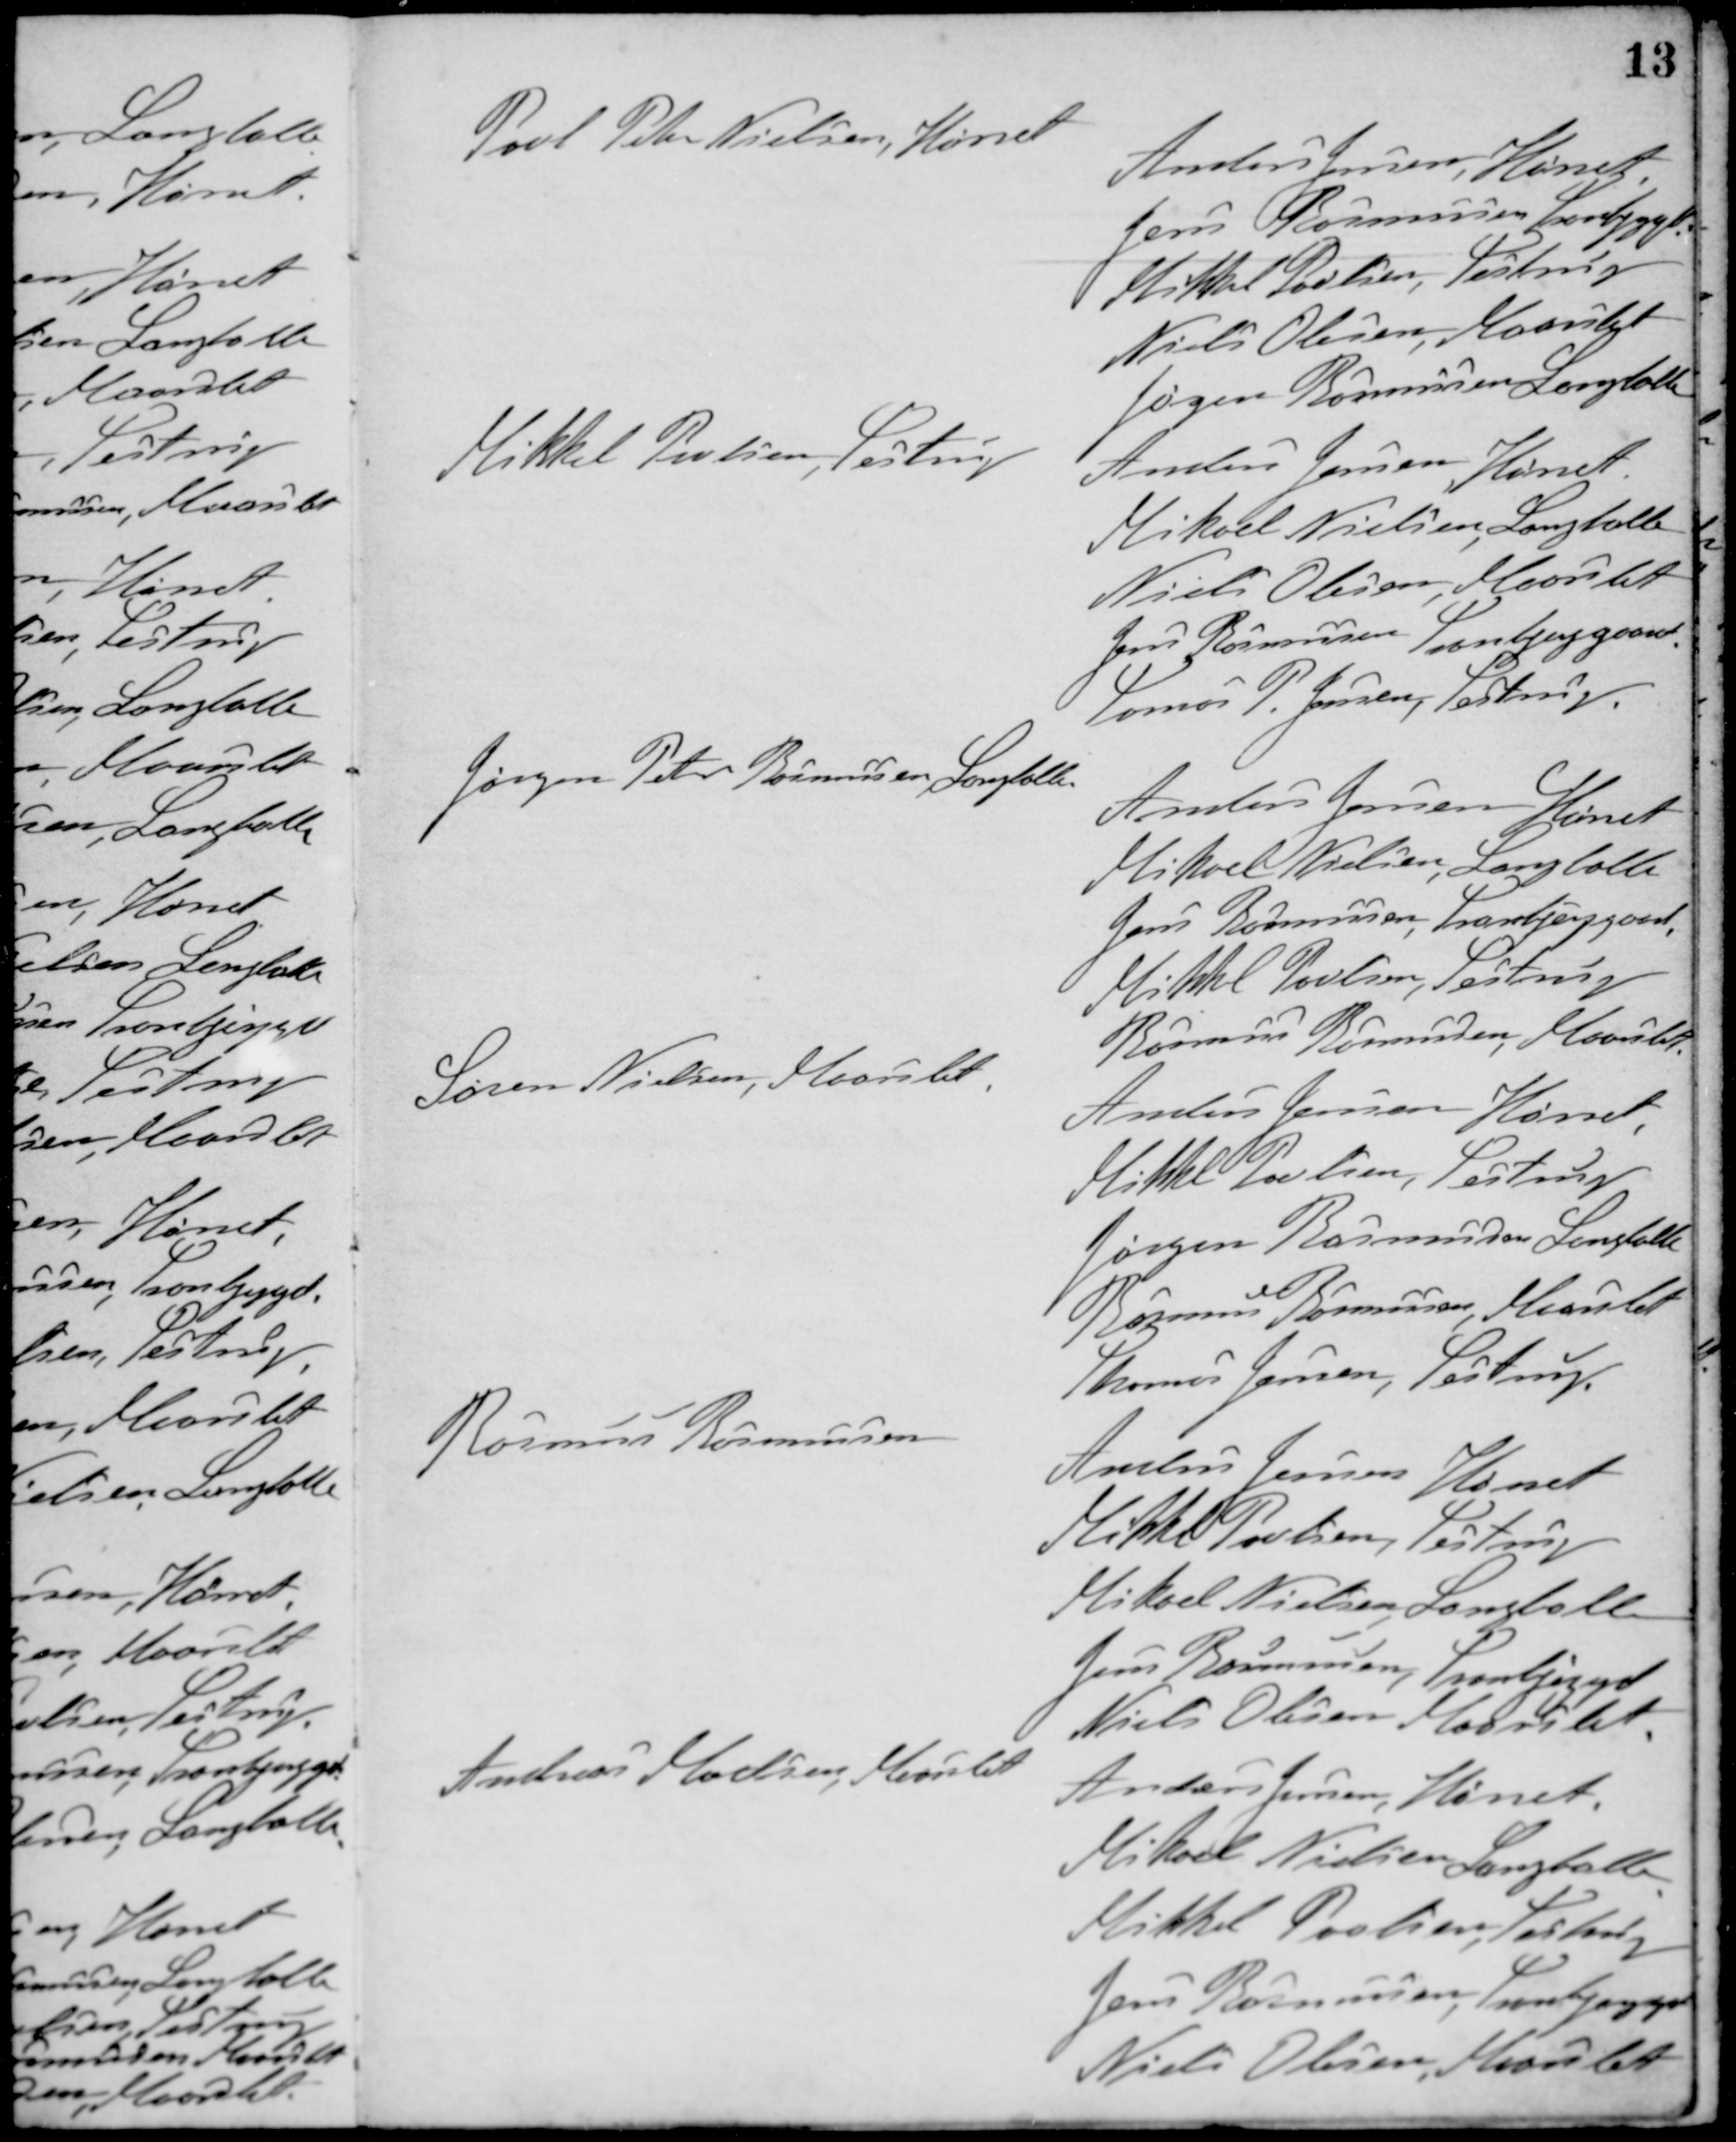
Transskription:
Povl Peter Nielsen, Hørret
Anders Jensen, Hørret
Jens Rasmussen Tranbjerggd.
Mikkel Poulsen Testrup
Niels Olesen, Maarslet
Jørgen Rasmussen, Langballe
Mikkel Poulsen, Testrup
Anders Jensen, Hørret
Mikael Nielsen, Langballe
Niels Olesen, Maarslet
Jens Rasmussen, Tranbjerggaard
Tomas P. Jensen, Testrup
Jørgen Peter Rasmussen, Langballe
Anders Jensen Hørret
Mikael Nielsen, Langballe
Jens Rasmussen Tranbjerggaard
Mikkel Poulsen, Testrup
Rasmus Rasmussen, Maarslet
Søren Nielsen, Maarslet
Anders Jensen, Hørret
Mikkel Poulsen, Testrup
Jørgen Rasmussen, Langballe
Rasmus Rasmussen, Maarslet
Thomas Jensen, Testrup
Rasmus Rasmussen
Anders Jensen, Hørret
Mikkel Poulsen, Testrup
Mikael Nielsen, Langballe
Jens Rasmussen, Tranbjerggd.
Niels Olesen, Maarslet
Andreas Madsen, Maarslet
Anders Jensen, Hørret
Mikael Nielsen, Langballe
Mikkel Poulsen, Testrup
Jens Rasmussen, Tranbjerggd.
Niels Olesen, Maarslet